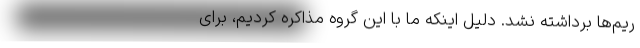
ریم‌ها برداشته نشد. دلیل اینکه ما با این گروه مذاکره کردیم، برای